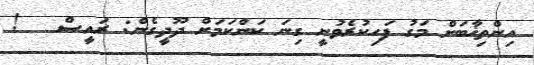
އިންތިޚާބަށް މަގު ފަހިކުރެވުނީ ގިނަ ކަންކަމަށް ދޫދީގެން: ރައީސް   !